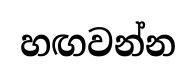
හඟවන්න